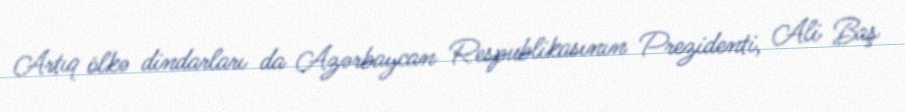
Artıq ölkə dindarları da Azərbaycan Respublikasının Prezidenti, Ali Baş